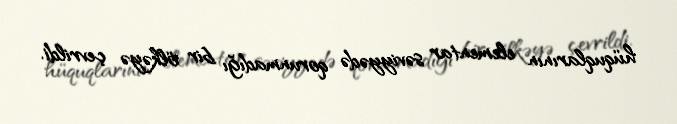
hüquqlarının elementar səviyyədə qorunmadığı bir ölkəyə çevrildi.